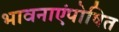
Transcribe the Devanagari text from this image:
भावनाएंपोषित